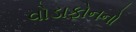
વોડાફોનનો